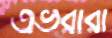
এভরারা